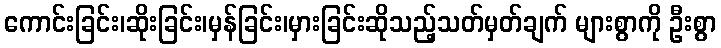
ကောင်းခြင်း၊ဆိုးခြင်း၊မှန်ခြင်း၊မှားခြင်းဆိုသည့်သတ်မှတ်ချက် များစွာကို ဦးစွာ